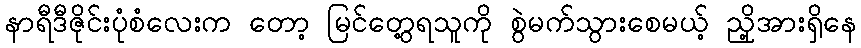
နာရီဒီဇိုင်းပုံစံလေးက တော့ မြင်တွေ့ရသူကို စွဲမက်သွားစေမယ့် ညှို့အားရှိနေ